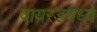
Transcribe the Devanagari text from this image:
वायरडमध्ये